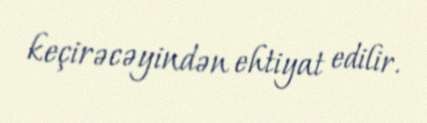
keçirəcəyindən ehtiyat edilir.